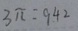
3 \pi = 9 4 2